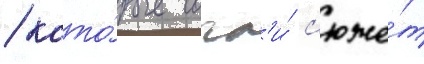
/ кото́рые сочл'и́ с'юже́т